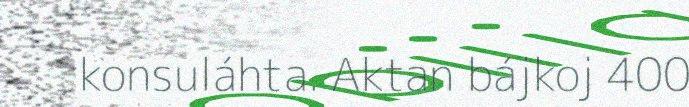
konsuláhta. Aktan bájkoj 400